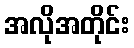
အလိုအတိုင်း